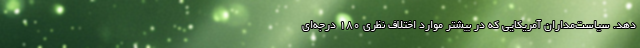
دهد. سیاست‌مداران آمریکایی که در بیشتر موارد اختلاف نظری ۱۸۰ درجه‌ای